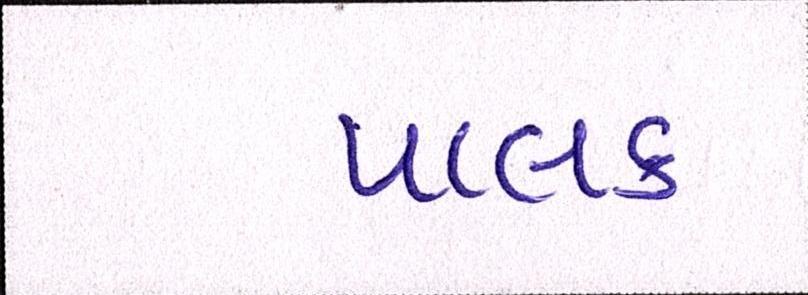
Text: પાલક